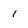
Character: 1